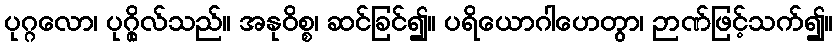
ပုဂ္ဂလော၊ ပုဂ္ဂိုလ်သည်။ အနုဝိစ္စ၊ ဆင်ခြင်၍။ ပရိယောဂါဟေတွာ၊ ဉာဏ်ဖြင့်သက်၍။